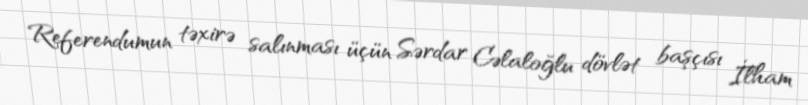
Referendumun təxirə salınması üçün Sərdar Cəlaloğlu dövlət başçısı İlham